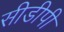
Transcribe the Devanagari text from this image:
सीडीपी